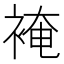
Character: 裺